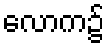
လောက၌